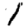
Digit: 1